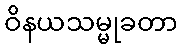
ဝိနယသမ္မုခတာ